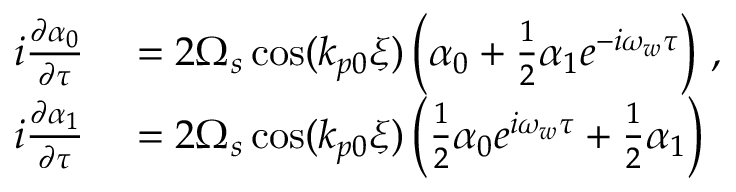
\begin{array} { r l } { i \frac { \partial \alpha _ { 0 } } { \partial \tau } } & { { } = 2 \Omega _ { s } \cos ( k _ { p 0 } \xi ) \left( \alpha _ { 0 } + \frac { 1 } { 2 } \alpha _ { 1 } e ^ { - i \omega _ { w } \tau } \right) \, , } \\ { i \frac { \partial \alpha _ { 1 } } { \partial \tau } } & { { } = 2 \Omega _ { s } \cos ( k _ { p 0 } \xi ) \left( \frac { 1 } { 2 } \alpha _ { 0 } e ^ { i \omega _ { w } \tau } + \frac { 1 } { 2 } \alpha _ { 1 } \right) } \end{array}